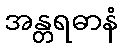
အန္တရဓာနံ